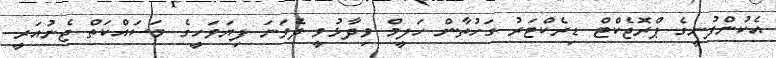
އެކުންފުނީގެ ޕްރޮޖެކްޓް ޑިރެކްޓަރު ގަހުތާން ހަލީމް ވިދާޅުވީ ދެވަނަ ފިޔަވަހީގެ މަސައްކަތް ޖެނުއަރީ